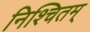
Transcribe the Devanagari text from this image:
निश्चितम्